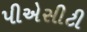
પીએસીટી